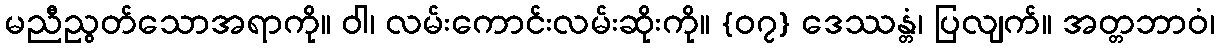
မညီညွတ်သောအရာကို။ ဝါ၊ လမ်းကောင်းလမ်းဆိုးကို။ {၀၇} ဒေဿန္တံ၊ ပြလျက်။ အတ္တဘာဝံ၊